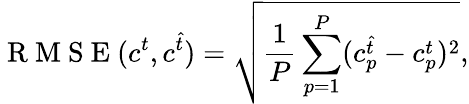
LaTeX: \mathrm{~R~M~S~E~}(c^{t},c^{\hat{t}})=\sqrt{\frac{1}{P}\sum_{p=1}^{P}(c_{p}^{\hat{t}}-c_{p}^{t})^{2}},